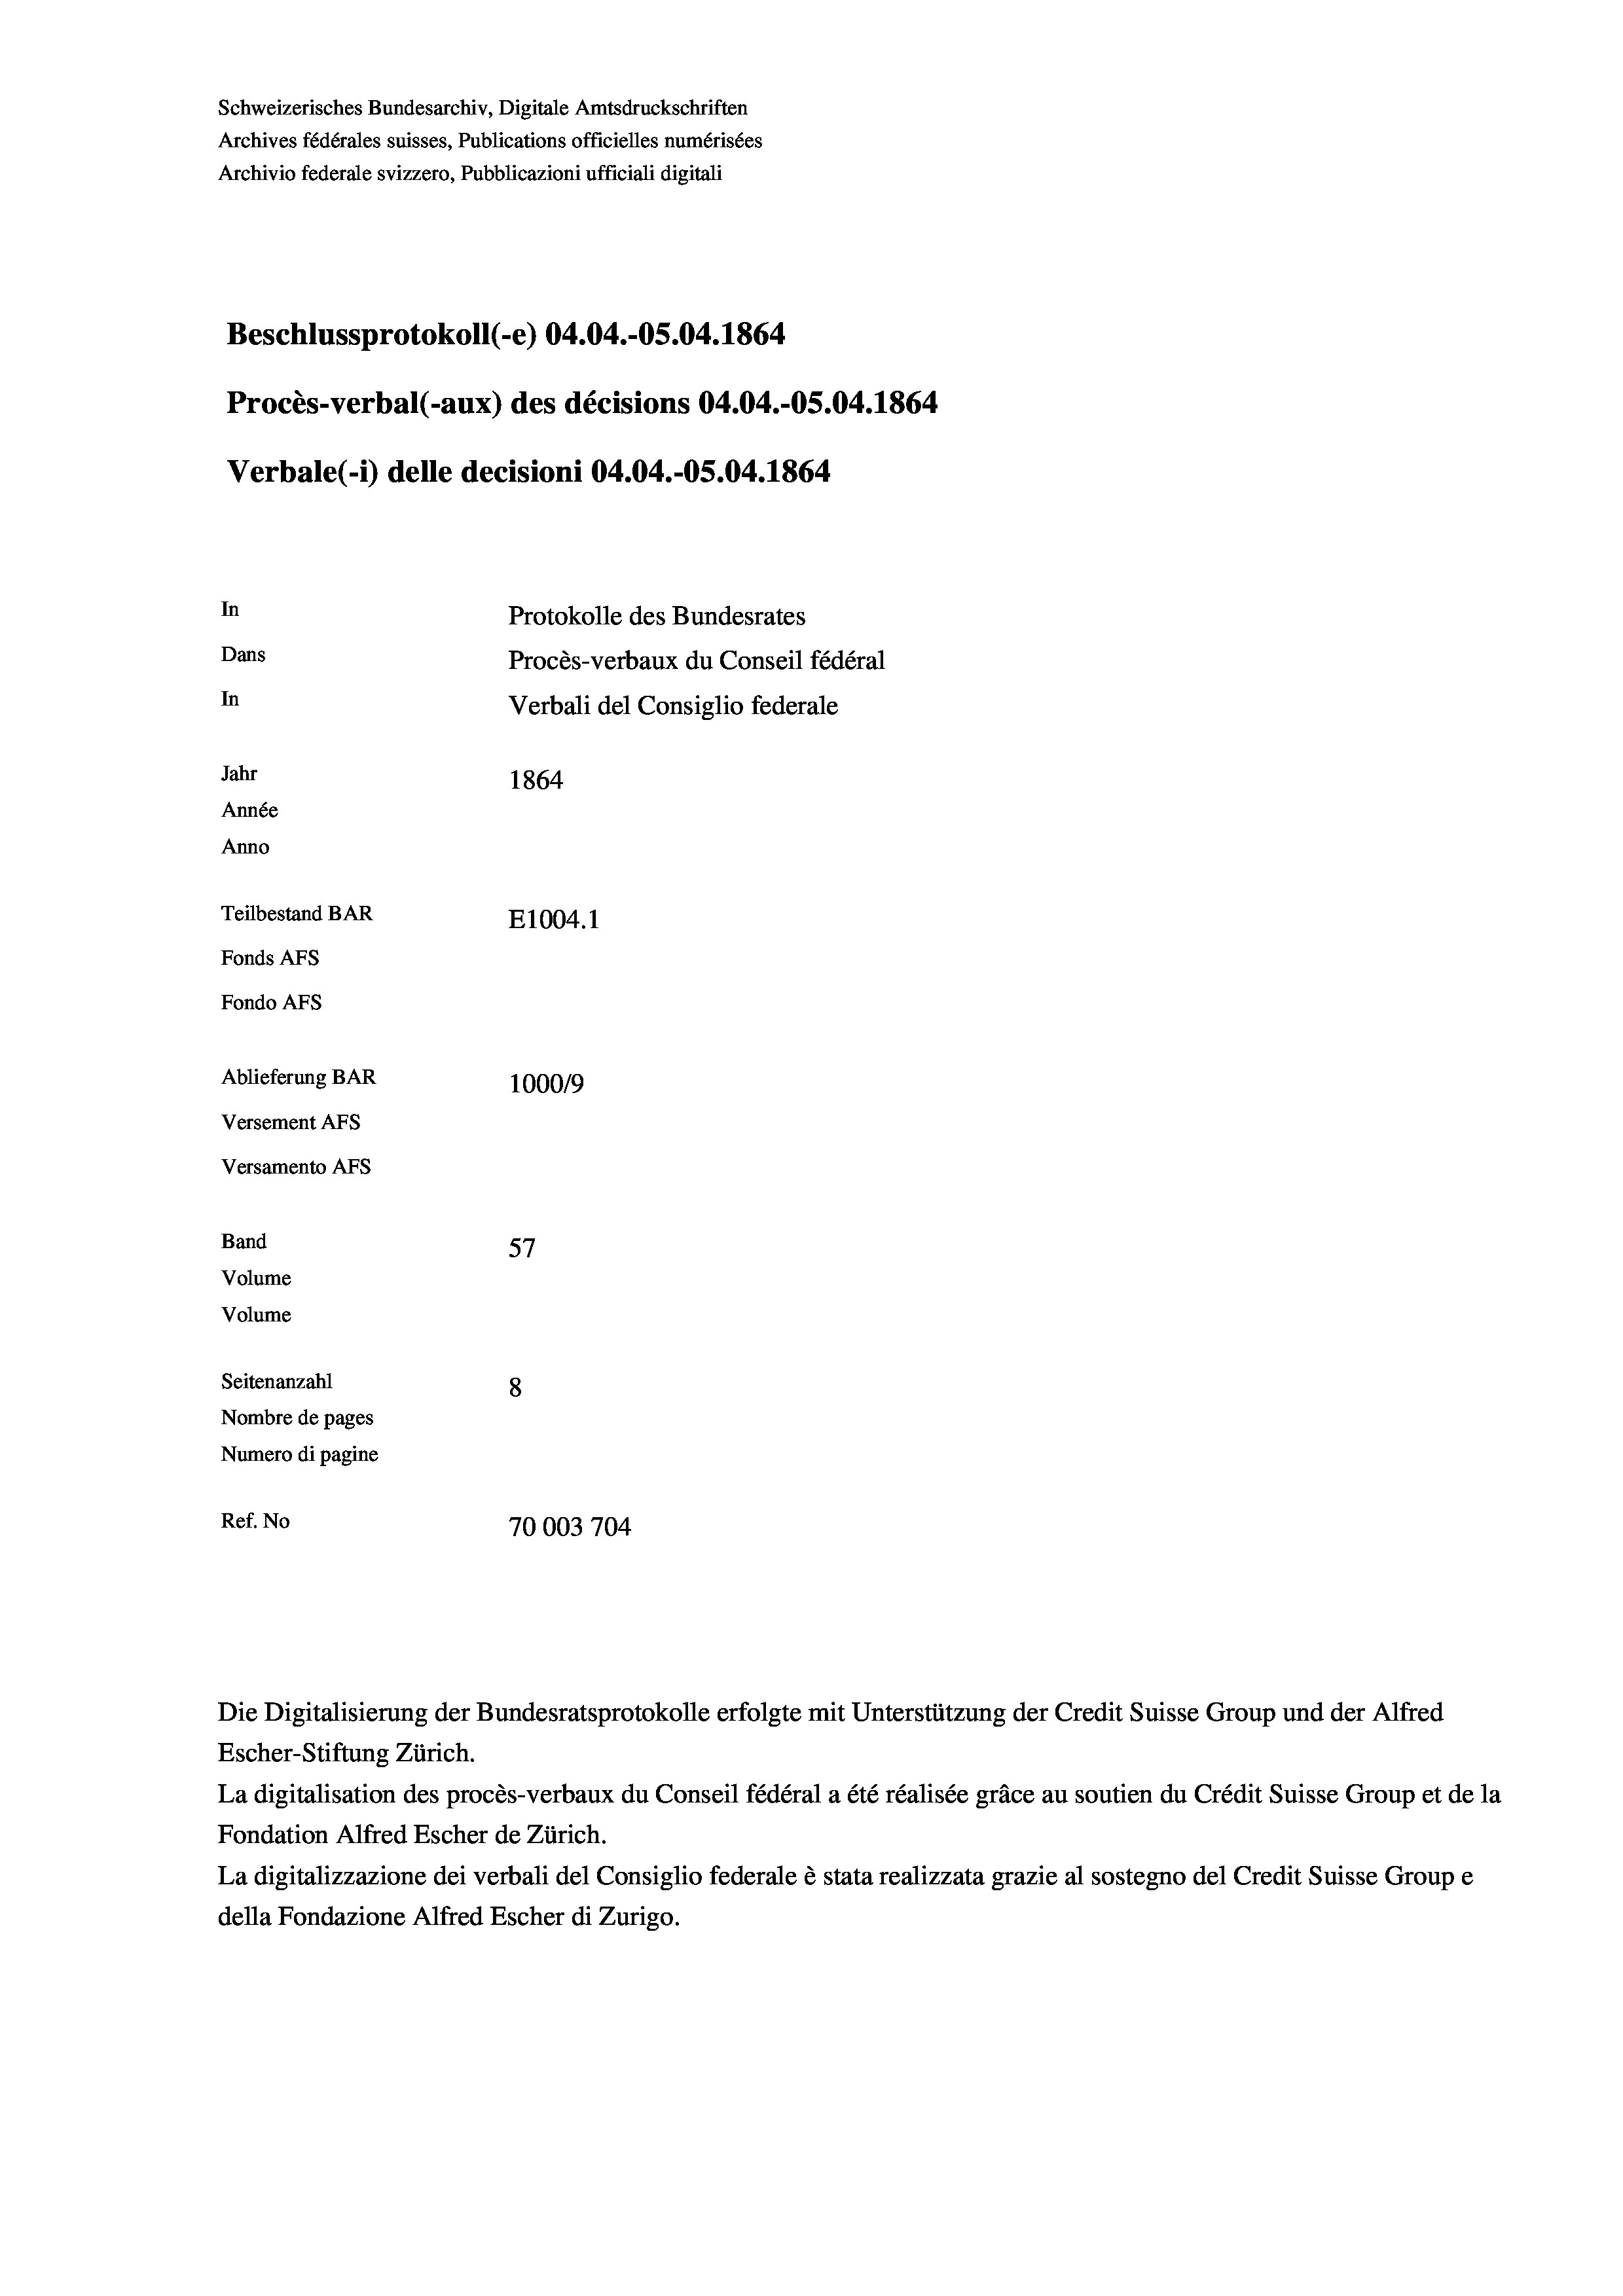
Schweizerisches Bundesarchiv, Digitale Amtsdruckschriften
Archives fédérales suisses, Publications officielles numérisées
Archivio federale svizzero, Pubblicazioni ufficiali digitali
Beschlussprotokoll (-e) 04.04.-OS.04. 1864
Procès-verbal (-aux) des décisions 04.04.-OS.04. 1864
Verbale (-*) delle decisioni 04.04.-O5.04. 1864
In
Protokolle des Bundesrates
Dans
Procès-verbaux du Conseil fédéral
In
Verbali del Consiglio federale
Jahr
1864
Année
Anno
Teilbestand BAR
E1004.1
Fonds AFs
Fondo AFs
Ablieferung BAR
100019
Versement AFs
Versamento AFs
Band
57
Volume
Volume
Seitenanzahl
8
Nombre de pages
Numero di pagine
Ref. No
70003704

Escher-Stiftung Zürich.
La digitalisation des procès-verbaux du Conseil fédéral a été réalisée gräce au soutien du Crédit Suisse Group et de la
Fondation Alfred Escher de Zürich.
La digitalizzazione dei verbali del Consiglio federale è stata realizzata grazie al sostegno del Credit Suisse Groupe
della Fondazione Alfred Escher di Zurigo.

Die Digitalisierung der Bundesratsprotokolle erfolgte mit Unterstützung der Credit Suisse Group und der Alfred